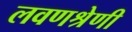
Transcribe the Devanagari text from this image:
लवणश्रेणी